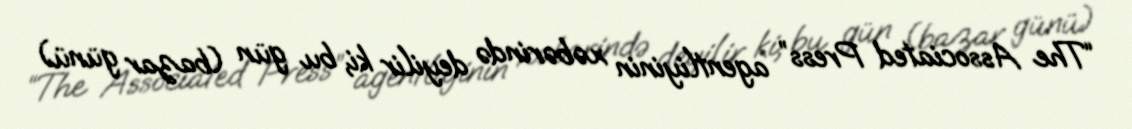
“The Associated Press” agentliyinin xəbərində deyilir ki, bu gün (bazar günü)